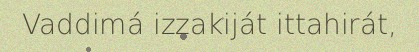
Vaddimá izzakiját ittahirát,